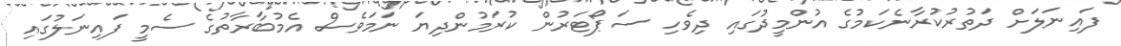
ފައިނަލަށް ދަތުރުކުރާނެކަމުގެ އުންމީދުގައި ދިވެހި ސަޕޯޓަރުން ކުރަމުންދިޔަ ނަމަވެސް އެމުބާރާތުގެ ސެމީ ފައިނަލުގައި